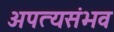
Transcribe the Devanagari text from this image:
अपत्यसंभव